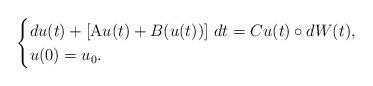
LaTeX: \begin{align*}\begin{cases}du(t) + \left[\mathrm{A} u(t) + B(u(t))\right]\,dt = Cu(t) \circ dW(t),\\u(0) = u_0.\end{cases}\end{align*}